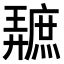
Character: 𪪩